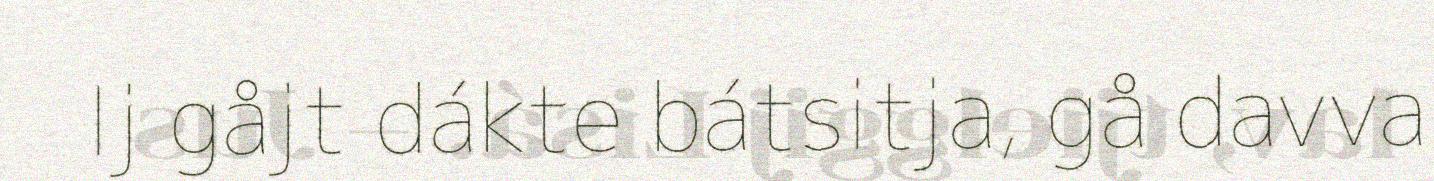
Ij gåjt dákte bátsitja, gå davva